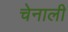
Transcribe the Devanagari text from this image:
चेनाली